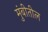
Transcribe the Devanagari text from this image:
मुंबीतील